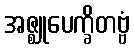
အဇ္ဈုပေက္ခိတဗ္ဗံ